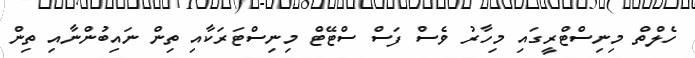
ހެލްތް މިނިސްޓްރީގައި މިހާރު ވެސް ފަސް ސްޓޭޓް މިނިސްޓަރަކާއި ތިން ނައިބުންނާއި ތިން